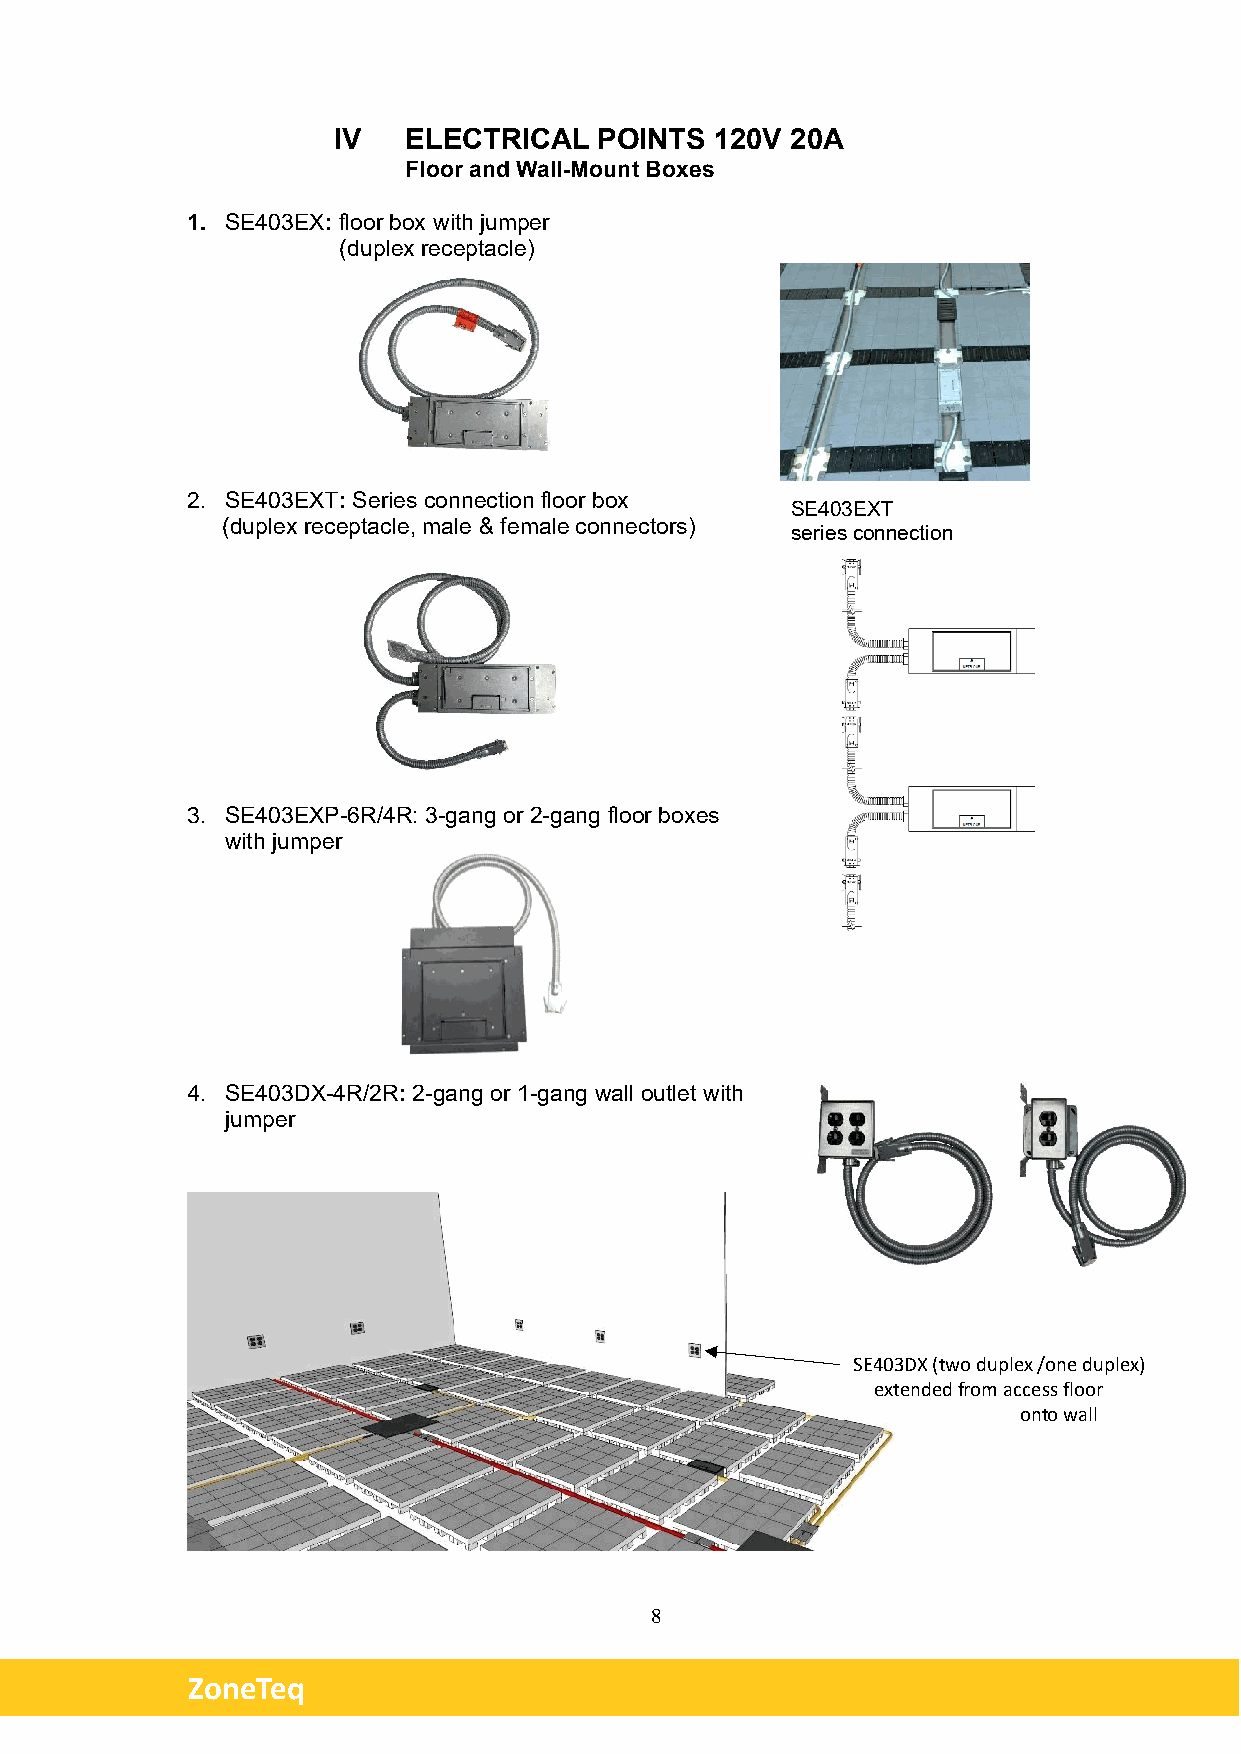
IV   ELECTRICAL   POINTS 120V 20A
 Floor and Wall-Mount Boxes
 1. SE403EX: floor box with jumper
 (duplex receptacle)
 2. SE403EXT: Series connection floor box
 SE403EXT
 (duplex receptacle, male & female connectors)
 series connection
 3. SE403EXP-6R/4R: 3-gang or 2-gang floor boxes
 with jumper
 4. SE403DX-4R/2R: 2-gang or 1-gang wall outlet with
 jumper
 SE403DX (two duplex /one duplex)
 extended from access floor
 onto wall
 8
 ZoneTeq